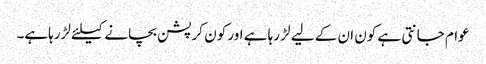
عوام جانتی ہے کون ان کے لیے لڑ رہا ہے اور کون کرپشن بچانے کیلئے لڑرہاہے۔